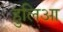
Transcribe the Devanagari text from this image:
हुलिआ